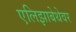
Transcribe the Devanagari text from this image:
एलिझाबेथेवर